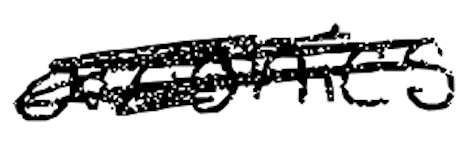
Text: avionics
Cross-out: scratch
Writing tool: digital_black